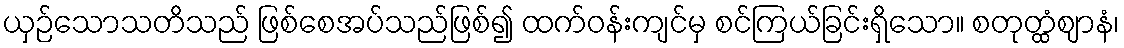
ယှဉ်သောသတိသည် ဖြစ်စေအပ်သည်ဖြစ်၍ ထက်ဝန်းကျင်မှ စင်ကြယ်ခြင်းရှိသော။ စတုတ္ထံဈာနံ၊